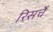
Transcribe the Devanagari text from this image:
रिसर्चे